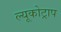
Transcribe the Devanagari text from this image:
ल्यूकोट्राप